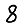
Digit: 8